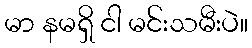
မာ နမရှိ ငါ မင်းသမီးပဲ။